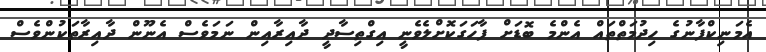
އެމަނިކްފާނުގެ ހިދުމަތްތައް އެންމެ ބޮޑަށް ފާހަގަކޮށްލެވެނީ އިގްތިސާދީ ދާއިރާއިން ނަމަވެސް އެނޫން ދާއިރާތަކުންވެސް